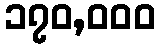
၁၇၀,၀၀၀